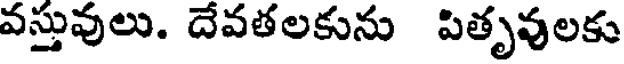
వస్తువులు. దేవతలకును పితృవులకు